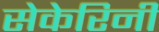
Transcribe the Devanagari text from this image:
सेकेरिनी